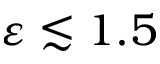
\varepsilon \lesssim 1 . 5